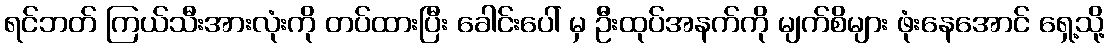
ရင်ဘတ် ကြယ်သီးအားလုံးကို တပ်ထားပြီး ခေါင်းပေါ် မှ ဦးထုပ်အနက်ကို မျက်စိများ ဖုံးနေအောင် ရှေ့သို့